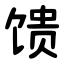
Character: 馈